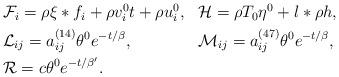
LaTeX: \begin{align*}\begin{aligned} & \mathcal{F}_{i}=\rho\xi*f_{i}+\rho v_{i}^{0}t+\rho u_{i}^{0}, & & \mathcal{H}=\rho T_{0}\eta^{0}+l*\rho h,\\ & \mathcal{L}_{ij}=a_{ij}^{(14)}\theta^{0}e^{-t/\beta}, & & \mathcal{M}_{ij}=a_{ij}^{(47)}\theta^{0}e^{-t/\beta},\\ & \mathcal{R}=c\theta^{0}e^{-t/\beta'}.\end{aligned}\end{align*}